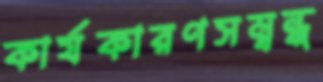
কার্যকারণসম্বন্ধ